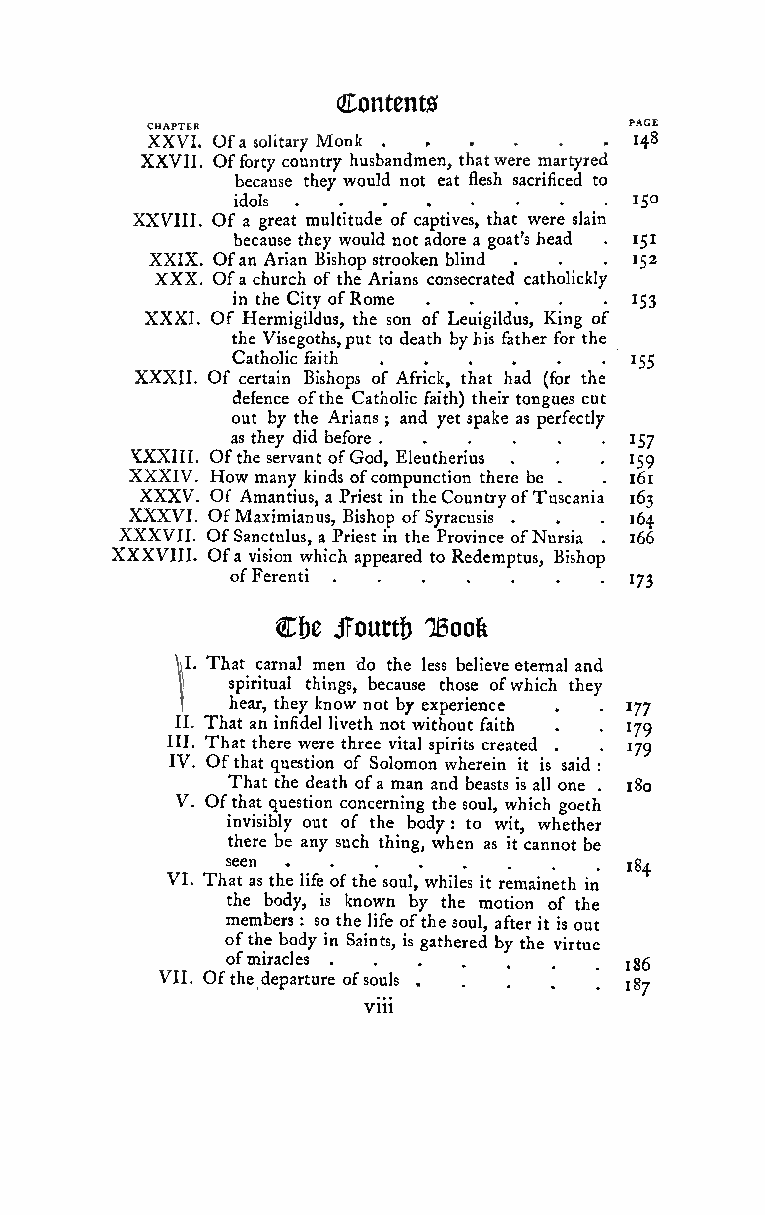
1
 Contents
 CHAPTER
 XXVI. Ofa solitary Monk         148
 XXVII. Offorty country husbandmen, thatwere martyred
 because they would not eat flesh sacrificed to
 idols                      IS°
 XXVIII. Of a great multitude of captives, that were slain
 because they would not adore a goat's head . 15
 XXIX. Ofan Arian Bishop strooke.n bli.nd .. .. .-152
 XXX. Ofa church of the Arians consecrated catholickly
 in the City ofRome         153
 XXXI. Of Hermigildus, the son of Leuigildus, King of
 the Visegoths,put to death byhis father for the
 Catholic faith             155
 XXXII. Of certain Bishops of Africk, that had (for the
 defence ofthe Catholic faith) their tongues cut
 out by the Arians ; and yet spake as perfectly
 as they did before . . . . . -157
 XKX XX XI II VI .. O Hf owthe mase nr yva kn it ndo sfG ofod c, omE pl ue nu ct th ier oi nus there.
 be
 .
 .
 .
 .
 1 165 19
 XXXV. Of Amantius, a Priest in theCountryofTuscania 163
 XXXVI. OfMaximianus, Bishop ofSyracusis
 .  .
 .164
 XXXVII. OfSanctulus, a P.riest.in t.he Pr.ovin.ce of.Nursia . 166
 XXXVIII. Ofa vision which appeared to Redcmptus, Bishop
 ofFerenti                  173
 Cbe JFoutti) IBoofe
 \J. That carnal men do the less believe eternal and
 spiritual things, because those ofwhich they
 I \ hear, they know not by experience . . 177
 II. That an infidel liveth not without faith . . 179
 I II VI .. T Oh fa tt hat the qr ue esw te ir oe
 n
 t oh fre Se ov li ota ml onspi wr hit es rec ir neat ie td is.
 said
 :. 179
 V.
 OfT th haa tt qt uh ee std ie oa nth coo nf cea rnm ia nn ga tn hed sb oe ua ls ,ts whis ical hl o gon ee th. 180
 invisibly•out•of.the .body.
 :
 to.wit,.whe.ther
 there be any such thing, when as it cannot be
 seen                      184
 VI. That as the life ofthe soul, whiles it remaineth in
 the body, is known by the motion of the
 members : so.the .life o.fthe.soul., afte.r it is out
 ofthe body in Saints, is gathered by the virtue
 ofmiracles                igg
 VII. Ofthe departure ofsouls  jg-
 viii